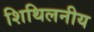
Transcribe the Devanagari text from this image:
शिथिलनीय